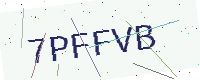
Text: 7PFFVB